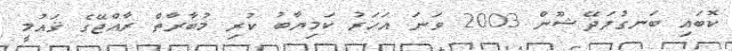
ކޮބައި ބަނގުލަދޭޝޫން 2003 ވަނަ އަހަރު ކަމިޔާބު ކުރި މުބާރާތް ރާއްޖޭގެ ޤައުމީ